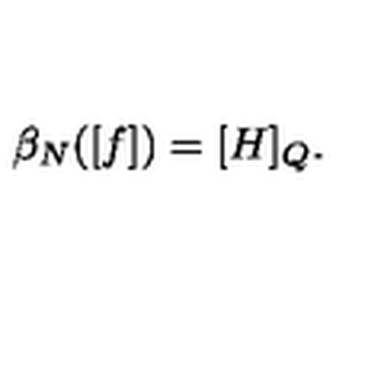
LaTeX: \beta _ { N } ( [ f ] ) = [ H ] _ { Q } .